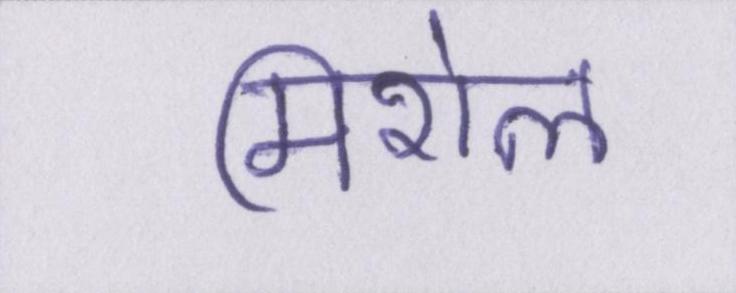
मिशेल